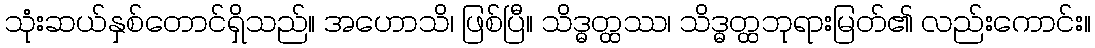
သုံးဆယ်နှစ်တောင်ရှိသည်။ အဟောသိ၊ ဖြစ်ပြီ။ သိဒ္ဓတ္ထဿ၊ သိဒ္ဓတ္ထဘုရားမြတ်၏ လည်းကောင်း။